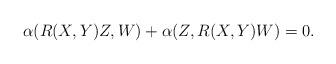
LaTeX: \begin{align*}\alpha(R(X,Y)Z,W)+\alpha(Z,R(X,Y)W)=0.\end{align*}